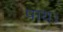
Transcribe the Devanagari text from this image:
पाय।